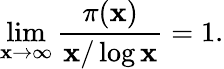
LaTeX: \operatorname*{lim}_{\mathbf{x}\to\infty}{\frac{{\pi(\mathbf{x})}}{{\mathbf{x}/\log\mathbf{x}}}}=1.